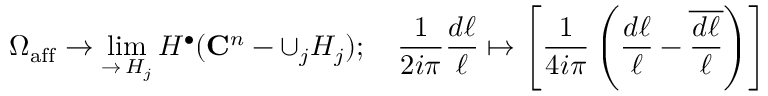
\Omega _ { \mathrm { a f f } } \to \operatorname* { l i m } _ { \substack { \rightarrow \, H _ { j } } } H ^ { \bullet } ( \mathbf { C } ^ { n } - \cup _ { j } H _ { j } ) ; \quad \frac { 1 } { 2 i \pi } \frac { d \ell } { \ell } \mapsto \left[ \frac { 1 } { 4 i \pi } \left( \frac { d \ell } { \ell } - \overline { { \frac { d \ell } { \ell } } } \right) \right]